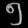
Digit: ၅